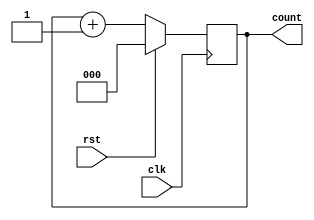
module upcounter(
input rst,
input clk,
  output [2:0] count
);



always @(posedge clk) begin
  if(rst==1)
    count <= 0;
  else
    count <= count + 1;
end
endmodule